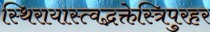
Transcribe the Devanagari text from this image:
स्थिरायास्त्वद्भक्तेस्त्रिपुरहर